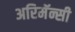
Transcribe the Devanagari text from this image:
अरिमॅन्सी